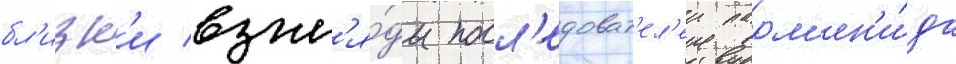
бл'изк'и взгл'я́ды посл'едоват'ел'еи парм'ен'и́да